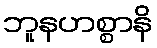
ဘူနဟစ္စာနိ